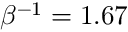
\beta ^ { - 1 } = 1 . 6 7